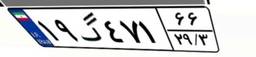
۱۹گ۴۷۱۶۶